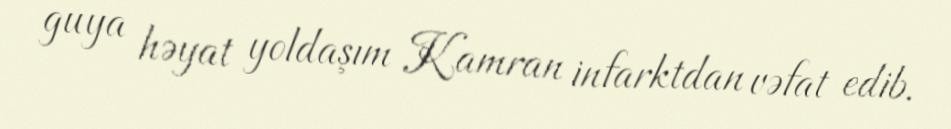
guya həyat yoldaşım Kamran infarktdan vəfat edib.